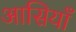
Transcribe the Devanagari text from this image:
आसियाँ